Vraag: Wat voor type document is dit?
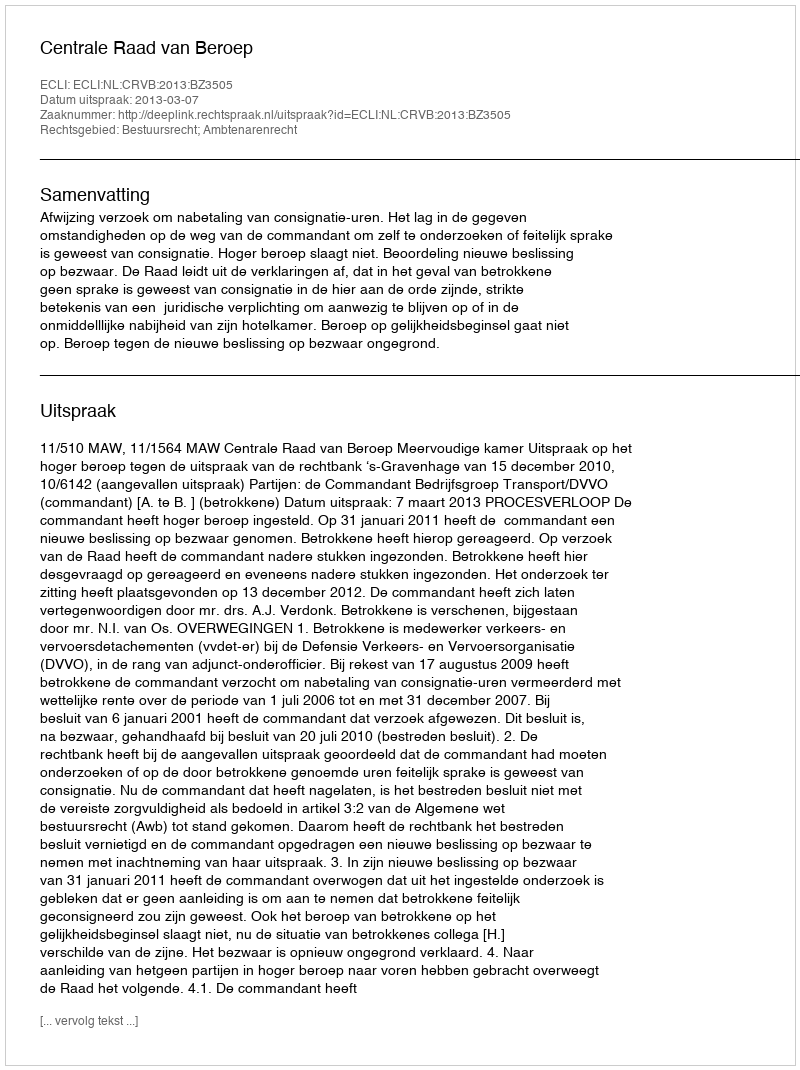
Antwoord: Uitspraak